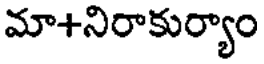
మా+నిరాకుర్యాం